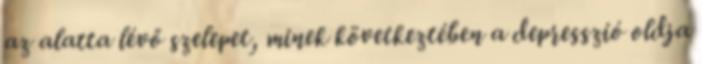
az alatta lévő szelepet, minek következtében a depresszió oldja